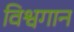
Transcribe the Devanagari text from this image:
विश्वगान